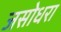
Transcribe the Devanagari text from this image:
जसोधरा